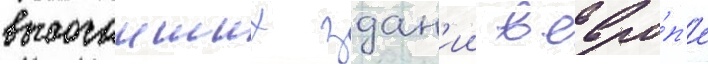
высочаиших здан'ии в евро́п'е